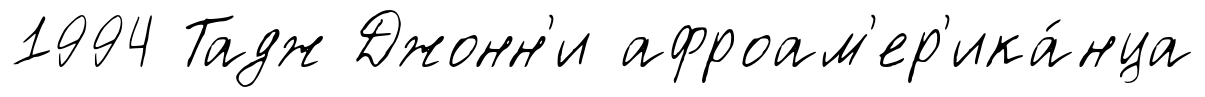
1994 Тадж Джонн'и афроам'ер'ика́нца